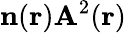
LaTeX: \mathbf{n}(\mathbf{r})\mathbf{A}^{2}(\mathbf{r})